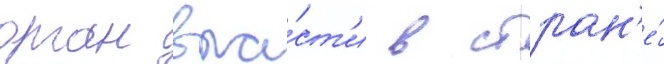
орган вла́ст'и в стран'е́